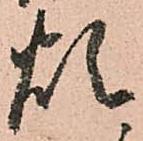
煩